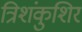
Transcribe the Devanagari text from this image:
त्रिशंकुशिर